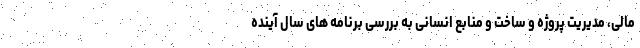
مالی، مدیریت پروژه و ساخت و منابع انسانی به بررسی برنامه های سال آینده